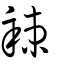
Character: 辣